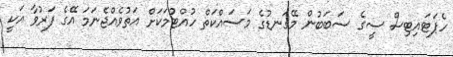
ހެޕަޓައިޓިސް ސީގެ ސަބަބުން މޭގަނޑުގެ މަސައްކަތް ހުއްޓުމަކަށް އަތުވެއްޖެނަމަ އޭގެ ފަރުވާ އަކީ